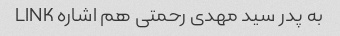
به پدر سید مهدی رحمتی هم اشاره LINK